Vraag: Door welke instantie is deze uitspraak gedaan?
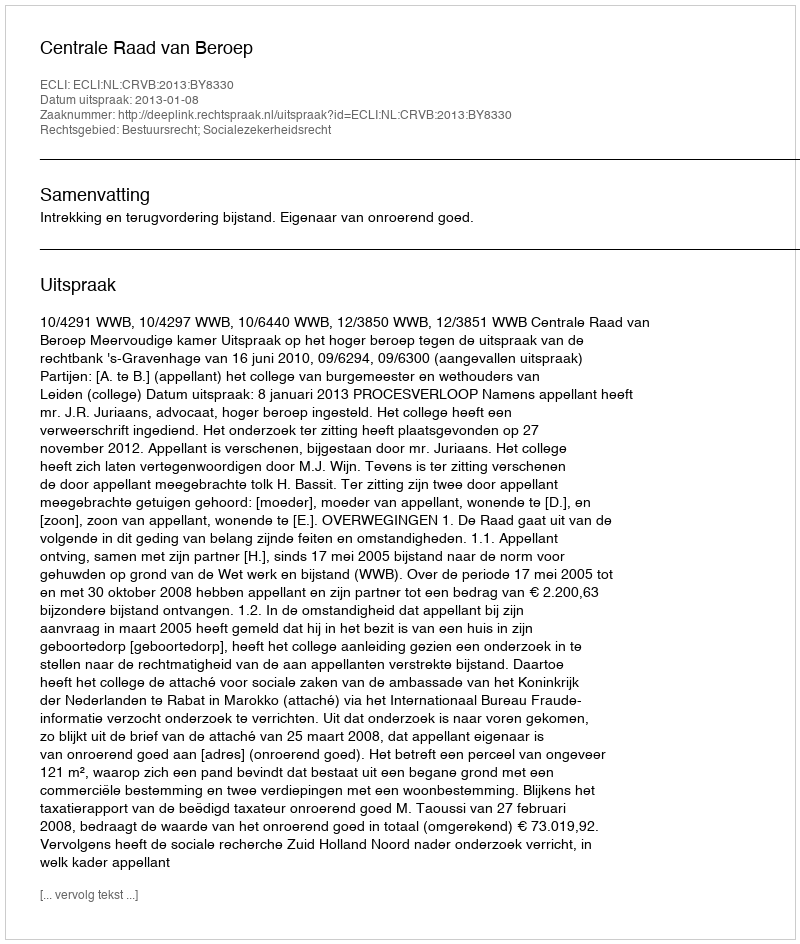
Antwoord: Centrale Raad van Beroep